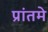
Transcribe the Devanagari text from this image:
प्रांतमे